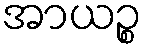
အာယဉ္စ